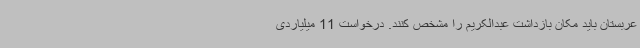
عربستان باید مکان بازداشت عبدالکریم را مشخص کنند. درخواست 11 میلیاردی